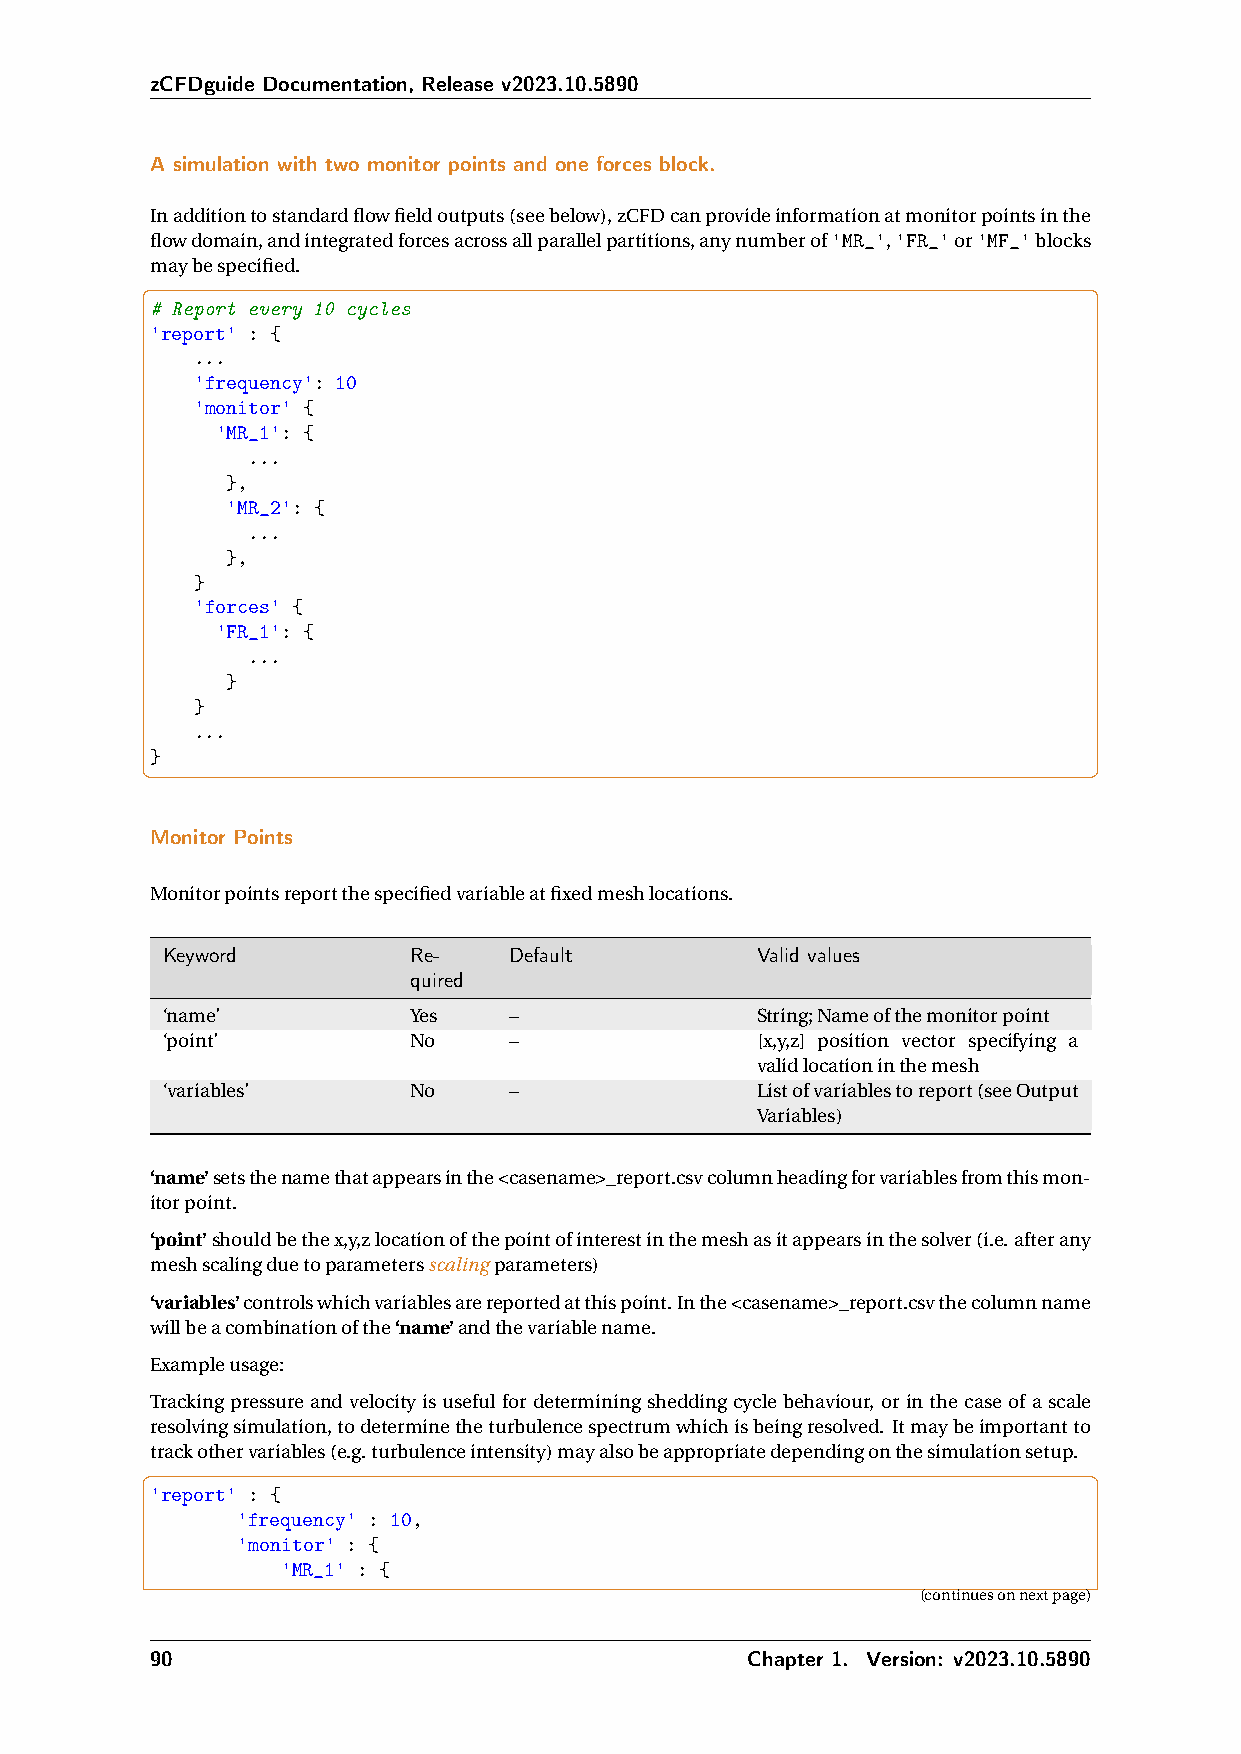
zCFDguide Documentation, Release v2023.10.5890
 A simulation with two monitor points and one forces block.
 Inadditiontostandardflowfieldoutputs(seebelow),zCFDcanprovideinformationatmonitorpointsinthe
 flowdomain,andintegratedforcesacrossallparallelpartitions,anynumberof'MR_','FR_'or'MF_'blocks
 maybespecified.
 # Report every 10 cycles
 'report' : {
 ...
 'frequency': 10
 'monitor' {
 'MR_1': {
 ...
 },
 'MR_2': {
 ...
 },
 }
 'forces' {
 'FR_1': {
 ...
 }
 }
 ...
 }
 Monitor Points
 Monitorpointsreportthespecifiedvariableatfixedmeshlocations.
 Keyword         Re-    Default         Valid values
 quired
 ‘name’          Yes    –               String;Nameofthemonitorpoint
 ‘point’         No     –               [x,y,z] position vector specifying a
 validlocationinthemesh
 ‘variables’     No     –               Listofvariablestoreport(seeOutput
 Variables)
 ‘name’setsthenamethatappearsinthe<casename>_report.csvcolumnheadingforvariablesfromthismon-
 itorpoint.
 ‘point’shouldbethex,y,zlocationofthepointofinterestinthemeshasitappearsinthesolver(i.e.afterany
 meshscalingduetoparametersscalingparameters)
 ‘variables’controlswhichvariablesarereportedatthispoint.Inthe<casename>_report.csvthecolumnname
 willbeacombinationofthe‘name’andthevariablename.
 Exampleusage:
 Trackingpressureandvelocity is useful for determiningsheddingcyclebehaviour, or inthecase ofascale
 resolvingsimulation,todeterminetheturbulencespectrumwhichisbeingresolved. Itmaybeimportantto
 trackothervariables(e.g.turbulenceintensity)mayalsobeappropriatedependingonthesimulationsetup.
 'report' : {
 'frequency' : 10,
 'monitor' : {
 'MR_1' : {
 (continuesonnextpage)
 90                                      Chapter 1. Version: v2023.10.5890